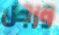
ورجل